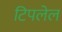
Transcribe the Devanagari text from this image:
टिपलेल